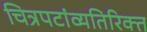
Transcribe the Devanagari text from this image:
चित्रपटांव्यतिरिक्त